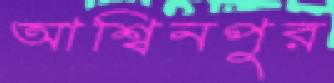
আশ্বিনপুর